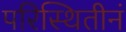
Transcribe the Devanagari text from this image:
परिस्थितीनं